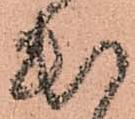
出